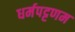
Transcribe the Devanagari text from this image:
धर्मपट्टणम